Annual report on the working of the lock hospitals in the Central Provinces
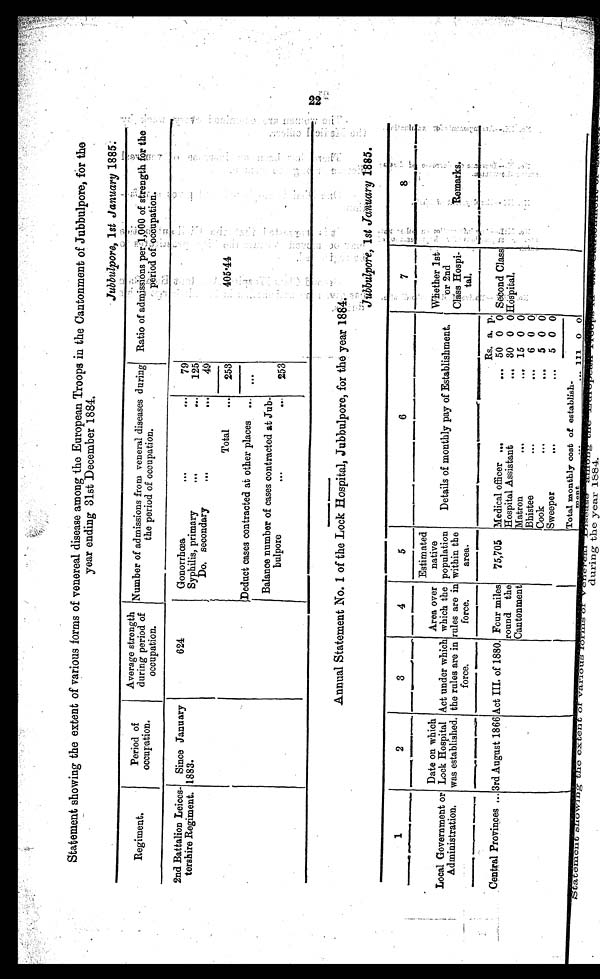
Statement showing the extent of various forms of venereal disease among . the European Troops in the Cantonment of Jubbulpore, for the
year ending 31st December 1884.
Jubbulpore, 1st January 1885;
Regiment.
Period of
occupation.
Average strength
during period of
occupation.
Number of admissions from veneral diseases during
the period of occupation.
_
-•
' ,
. t
Ratio of admissions per , 1,000 of strength for the - '
, ._
, peri od of Occupat i on.
2nd Battalion Leices-
tershire Regiment.
Since January
1883.
.
624
Gonorrhœa
•••
0 0 •
Syphilis, primary
I 4 ,
0 0 •
Do. secondary
I 0 t
6 II .
79
1251
40
. -
.
405'44
_
_
,•-;
.
Total
...
253
OMIIMMIIIII,MOI
Deduct cases contracted at other places ...
Balance number of cases contracted at Jub-
bulpore
.•.
...
...
253
tostowern Nam.
•
Annual Statement No. 1 of the Lock Hospital, Jubbulpore, for the year 1884.
. .
-, -
1
1..r....11b VomMosomen ...waram....•
2
3
....w.......n••=0 n••P's
4
....r.os oarscarin
5
onst...
6
wsemote nedl
iLONnl IMPI.•nn And,. 10.1:01111/010.
7
MEMINnn• n WPORn en••n•••n
DIM
'-'! '
8
iiiiiiii.W.M .............01 Illinn •1.5....
Local Government or
Administration,
amonoewm.
.•nn•••••eaa. .....................
Date on which
Lock Hospital
was established,
Act under which
the rules are in
force,
Area over
which the
rules are in
force,
Dasn......
Estimated
native
population
within the
area.
peons.
arnino
Details of monthly pay of Establishment,
....m.aosordaetant Noissioassasmif, .................
PariagagageWai ina....
Whether 1st .
'or 2nd
Class Hospi-
tal
......4.0
_..
•
•
•,
- -'
--
.
Remarks.
,.,
-
. ,
,
,
Deay.r... ima.m.
_Central Provinces ...
1 n.t.i=,-1,4-,,,
,..-:, ,.. –
mom...Emmy. Danmo.... •...Draw3
rd August 1866
-
'
10.ftweDms
Act III. of 1880.
.,
Four miles
round the
Cantonment
. •
75,705
.
Medical officer ...
...
Hospital Assistant
...
Matron
D • .
. . D
Bhistee
•••
...
Cook
...
•••
Sweeper
. • I
. . .
Rs,
50
30
15
6
5
5
a.
0
0
0
0
0
0
p.
0
0
0
0
0
0
Second Class
Hospital.
•-,
,
.
.
Total monthly cost of establish-
meat
-
-- •
111
0
0